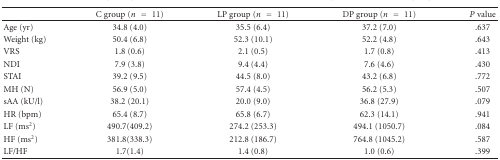
<table><thead><tr><td></td><td><b>C group (<i>n</i> = 11)</b></td><td><b>LP group (<i>n</i> = 11)</b></td><td><b>DP group (<i>n</i> = 11)</b></td><td><b><i>P</i> value</b></td></tr></thead><tbody><tr><td>Age (yr)</td><td>34.8 (4.0)</td><td>35.5 (6.4)</td><td>37.2 (7.0)</td><td>.637</td></tr><tr><td>Weight (kg)</td><td>50.4 (6.8)</td><td>52.3 (10.1)</td><td>52.2 (4.8)</td><td>.643</td></tr><tr><td>VRS</td><td>1.8 (0.6)</td><td>2.1 (0.5)</td><td>1.7 (0.8)</td><td>.413</td></tr><tr><td>NDI</td><td>7.9 (3.8)</td><td>9.4 (4.4)</td><td>7.6 (4.6)</td><td>.430</td></tr><tr><td>STAI</td><td>39.2 (9.5)</td><td>44.5 (8.0)</td><td>43.2 (6.8)</td><td>.772</td></tr><tr><td>MH (N)</td><td>56.9 (5.0)</td><td>57.4 (4.5)</td><td>56.2 (5.3)</td><td>.507</td></tr><tr><td>sAA (kU/l)</td><td>38.2 (20.1)</td><td>20.0 (9.0)</td><td>36.8 (27.9)</td><td>.079</td></tr><tr><td>HR (bpm)</td><td>65.4 (8.7)</td><td>65.8 (6.7)</td><td>62.3 (14.1)</td><td>.941</td></tr><tr><td>LF (ms<sup>2</sup>)</td><td>490.7(409.2)</td><td>274.2 (253.3)</td><td>494.1 (1050.7)</td><td>.084</td></tr><tr><td>HF (ms<sup>2</sup>)</td><td>381.8(338.3)</td><td>212.8 (186.7)</td><td>764.8 (1045.2)</td><td>.587</td></tr><tr><td>LF/HF</td><td>1.7(1.4)</td><td>1.4 (0.8)</td><td>1.0 (0.6)</td><td>.399</td></tr></tbody></table>